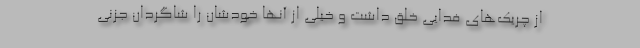
از چریك‌های فدایی خلق داشت و خیلی از آنها خودشان را شاگردان جزنی